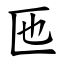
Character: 匜